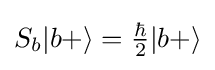
{\textstyle S_{b}|b+\rangle ={\frac {\hbar }{2}}|b+\rangle }